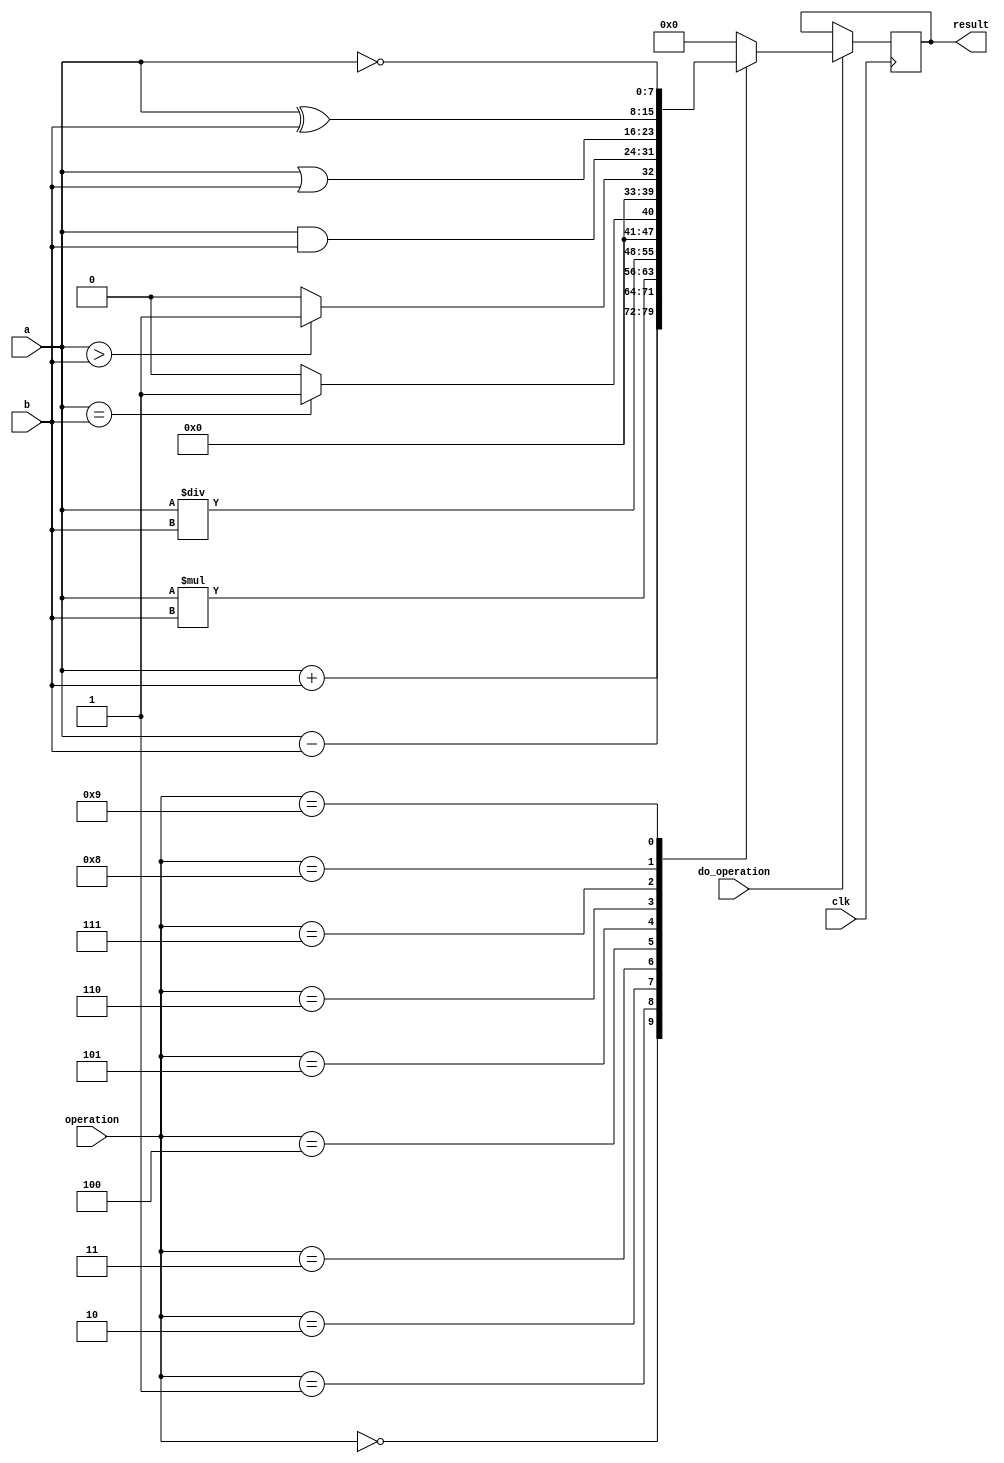
module ALU(
    input clk,
    input [7:0] a,
    input [7:0] b,
    input [3:0] operation,
    input do_operation,
    output reg [7:0] result
    );
initial
    begin
    end
always @(posedge clk)
    begin
        if(do_operation)
            begin
            case(operation)
                4'b0000:result <= a+b;
                4'b0001:result <= a-b;
                4'b0010:result <= a*b;
                4'b0011:result <= a/b;
                4'b0100:result <= (a==b?1:0);
                4'b0101:result <= (a>b?1:0);
                4'b0110:result <= a&b;
                4'b0111:result <= a|b;
                4'b1000:result <= a^b;
                4'b1001:result <= ~a;
                default:result <= 0;
            endcase
        end
    end
endmodule